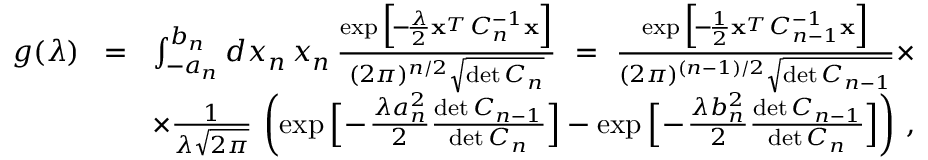
\begin{array} { r l r } { g ( \lambda ) } & { \! = \! } & { \int _ { - a _ { n } } ^ { b _ { n } } d x _ { n } \, x _ { n } \, { \frac { \exp \Big [ \! - \! { \frac { \lambda } { 2 } } { \bf x } ^ { _ T } C _ { n } ^ { - 1 } { \bf x } \Big ] } { ( 2 \pi ) ^ { n / 2 } \sqrt { \operatorname* { d e t } C _ { n } } } } \ = \ { \frac { \exp \Big [ \! - \! { \frac { 1 } { 2 } } { \bf x } ^ { _ T } C _ { n - 1 } ^ { - 1 } { \bf x } \Big ] } { ( 2 \pi ) ^ { ( n - 1 ) / 2 } \sqrt { \operatorname* { d e t } C _ { n - 1 } } } } \times } \\ & { } & { \times { \frac { 1 } { \lambda \sqrt { 2 \pi } } } \, \left( \exp \Big [ \! - \! { \frac { \lambda a _ { n } ^ { 2 } } { 2 } } { \frac { \operatorname* { d e t } C _ { n - 1 } } { \operatorname* { d e t } C _ { n } } } \Big ] - \exp \Big [ \! - \! { \frac { \lambda b _ { n } ^ { 2 } } { 2 } } { \frac { \operatorname* { d e t } C _ { n - 1 } } { \operatorname* { d e t } C _ { n } } } \Big ] \right) \, , } \end{array}